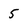
Character: 5